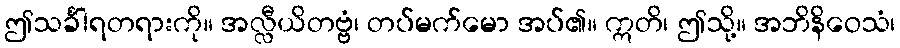
ဤသင်္ခါရတရားကို။ အလ္လီယိတဗ္ဗံ၊ တပ်မက်မော အပ်၏။ ဣတိ၊ ဤသို့။ အဘိနိဝေသံ၊